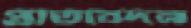
প্রতিবেদন